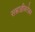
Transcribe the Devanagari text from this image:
सम्राज्ञीबरोबर